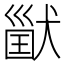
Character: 𤠪